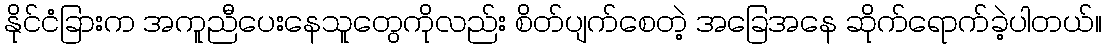
နိုင်ငံခြားက အကူညီပေးနေသူတွေကိုလည်း စိတ်ပျက်စေတဲ့ အခြေအနေ ဆိုက်ရောက်ခဲ့ပါတယ်။